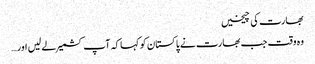
بھارت کی چیخیں
وہ وقت جب بھارت نے پاکستان کو کہا کہ آپ کشمیر لے لیں اور…